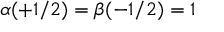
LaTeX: \alpha ( + 1 / 2 ) = \beta ( - 1 / 2 ) = 1